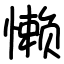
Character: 懒